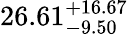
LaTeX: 26.61_{-9.50}^{+16.67}